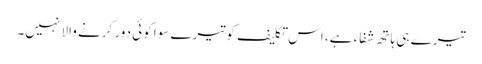
تیرے ہی ہاتھ شفاء ہے، اس تکلیف کو تیرے سوا کوئی دور کرنے والا نہیں۔